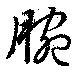
腕